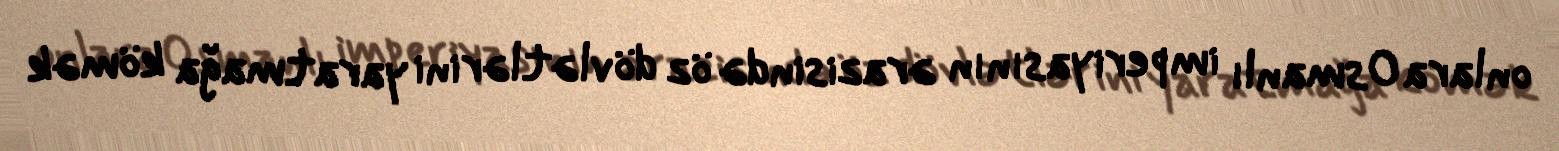
onlara Osmanlı imperiyasının ərazisində öz dövlətlərini yaratmağa kömək